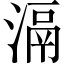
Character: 滆